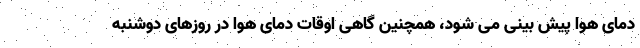
دمای هوا پیش بینی می شود، همچنین گاهی اوقات دمای هوا در روزهای دوشنبه